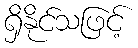
ရှိနိုင်သဖြင့်